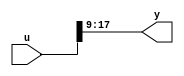
// -------------------------------------------------------------
// 
// 
// Generated by MATLAB 8.2 and HDL Coder 3.3
// 
// -------------------------------------------------------------


// -------------------------------------------------------------
// 
// Module: velocityControlHdl_MATLAB_Function
// Source Path: velocityControlHdl/Sin_Cos1/Mark_Extract_Bits/MATLAB Function
// Hierarchy Level: 6
// 
// -------------------------------------------------------------

`timescale 1 ns / 1 ns

module velocityControlHdl_MATLAB_Function
          (
           u,
           y
          );


  input   [17:0] u;  // ufix18
  output  [8:0] y;  // ufix9


  wire [8:0] y1;  // ufix9_E9


  //MATLAB Function 'Sin_Cos/Mark_Extract_Bits/MATLAB Function': '<S38>:1'
  // Non-tunable mask parameter
  //'<S38>:1:8'
  //'<S38>:1:10'
  assign y1 = u[17:9];
  //'<S38>:1:14'
  assign y = y1;



endmodule  // velocityControlHdl_MATLAB_Function